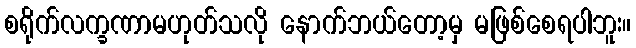
စရိုက်လက္ခဏာမဟုတ်သလို နောက်ဘယ်တော့မှ မဖြစ်စေရပါဘူး။